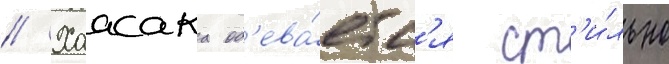
// Хаасака од'ева́етс'я ст'и́льно